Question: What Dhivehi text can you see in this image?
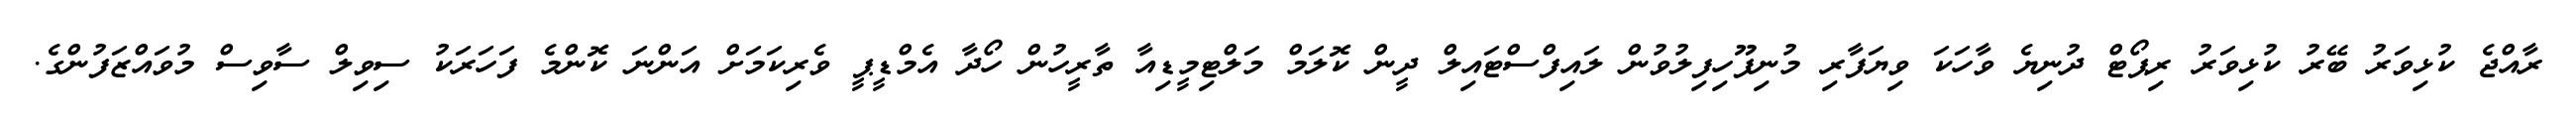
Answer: ރާއްޖެ ކުޅިވަރު ބޭރު ކުޅިވަރު ރިޕޯޓް ދުނިޔެ ވާހަކަ ވިޔަފާރި މުނިފޫހިފިލުވުން ލައިފްސްޓައިލް ދީން ކޮލަމް މަލްޓިމީޑިއާ ތާރީހުން ހޯދާ އެމްޑީޕީ ވެރިކަމަށް އަންނަ ކޮންމެ ފަހަރަކު ސިވިލް ސާވިސް މުވައްޒަފުންގެ.